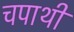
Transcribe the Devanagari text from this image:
चपाथी